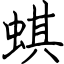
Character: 蜞